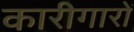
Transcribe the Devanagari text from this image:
कारीगारों